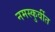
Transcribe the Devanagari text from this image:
नमस्कुर्वीत